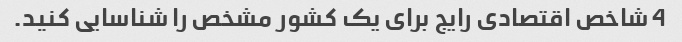
4 شاخص اقتصادی رایج برای یک کشور مشخص را شناسایی کنید.